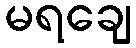
မရချေ